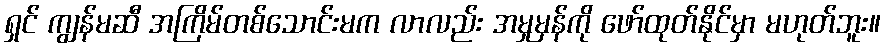
ရှင် ကျွန်မဆီ အကြိမ်တစ်သောင်းမက လာလည်း အမှုမှန်ကို ဖော်ထုတ်နိုင်မှာ မဟုတ်ဘူး။